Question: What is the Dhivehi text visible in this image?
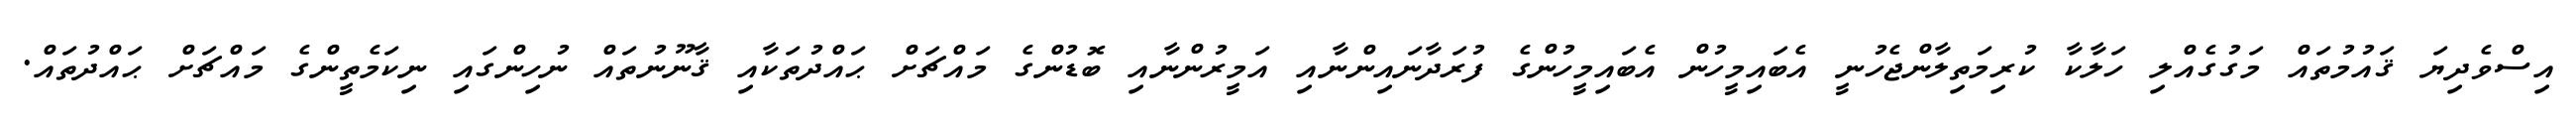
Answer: އިސްވެދިޔަ ޤައުމުތައް މަގުގެއްލި ހަލާކާ ކުރިމަތިލާންޖެހުނީ އެބައިމީހުން އެބައިމީހުންގެ ފުރަދާނައިންނާއި އަމީރުންނާއި ބޮޑުންގެ މައްޗަށް ޙައްދުތަކާއި ޤާނޫނުތައް ނުހިންގައި ނިކަމެތީންގެ މައްޗަށް ޙައްދުތައް.